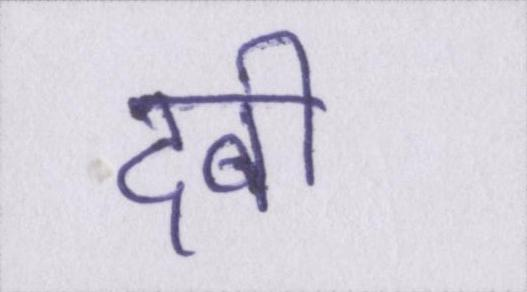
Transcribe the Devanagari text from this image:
दबी